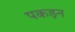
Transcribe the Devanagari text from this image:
पकड़न